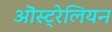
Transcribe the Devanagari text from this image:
ऒस्ट्रेलियन